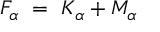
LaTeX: F _ { \alpha } ~ = ~ K _ { \alpha } + M _ { \alpha }